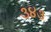
૩૪૩